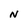
Character: N